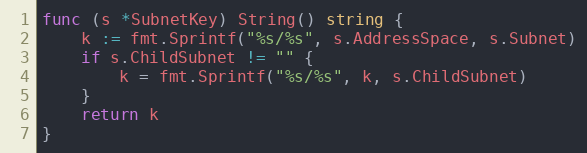
Language: Go
func (s *SubnetKey) String() string {
	k := fmt.Sprintf("%s/%s", s.AddressSpace, s.Subnet)
	if s.ChildSubnet != "" {
		k = fmt.Sprintf("%s/%s", k, s.ChildSubnet)
	}
	return k
}